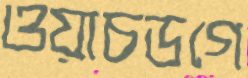
ওয়াচডগে